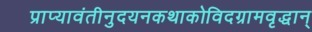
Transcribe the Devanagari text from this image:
प्राप्यावंतीनुदयनकथाकोविदग्रामवृद्धान्